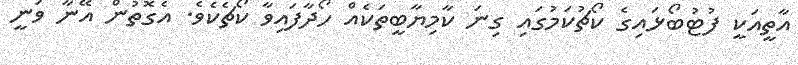
އާތީއަކީ ފުޓުބޯޅައިގެ ކޯޗުކަމުގައި ގިނަ ކާމިޔާބީތަކެއް ހޯދާފައިވާ ކޯޗެކެވެ. އެގޮތުން އޭނާ ވަނީ